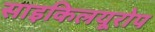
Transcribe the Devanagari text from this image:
साइकिलयूरोप